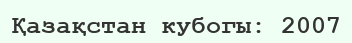
Қазақстан кубогы: 2007